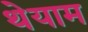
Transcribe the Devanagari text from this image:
थेयाम